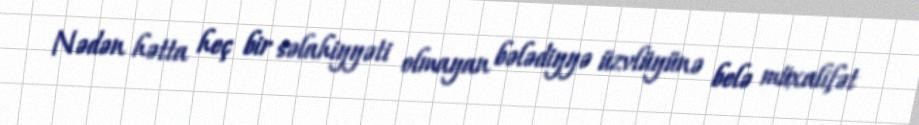
Nədən hətta heç bir səlahiyyəti olmayan bələdiyyə üzvlüyünə belə müxalifət